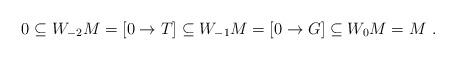
LaTeX: \begin{align*} 0\subseteq W_{-2}M=[0\to T]\subseteq W_{-1}M=[0\to G]\subseteq W_0M=M\ .\end{align*}